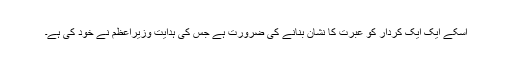
اسکے ایک ایک کردار کو عبرت کا نشان بنانے کی ضرورت ہے جس کی ہدایت وزیراعظم نے خود کی ہے۔